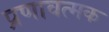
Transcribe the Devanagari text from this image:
प्रणावत्मक